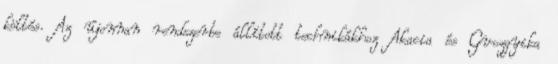
költés. Az újonnan rendszerbe állított technikákhoz Akacia és Gvozgyika